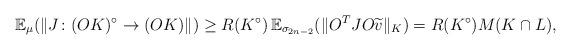
LaTeX: \begin{align*} {\mathbb E}_{\mu} ( {\|J \colon (OK)^{\circ} \rightarrow (OK) \| ) } \geq R(K^{\circ}) \, {\mathbb E}_{\sigma_{2n-2}} ( {\|O^TJO \widetilde v \|_{K} ) } = R(K^{\circ}) M(K \cap L), \end{align*}